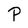
Character: P